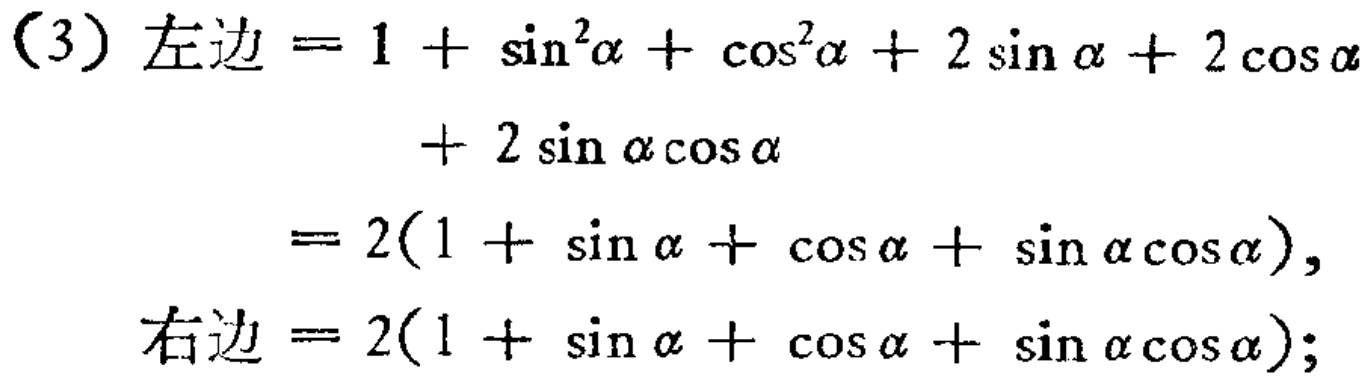
又因为第二台下午耕地的亩数占全天的50%，因此可求得第二台一天耕地的亩数为：